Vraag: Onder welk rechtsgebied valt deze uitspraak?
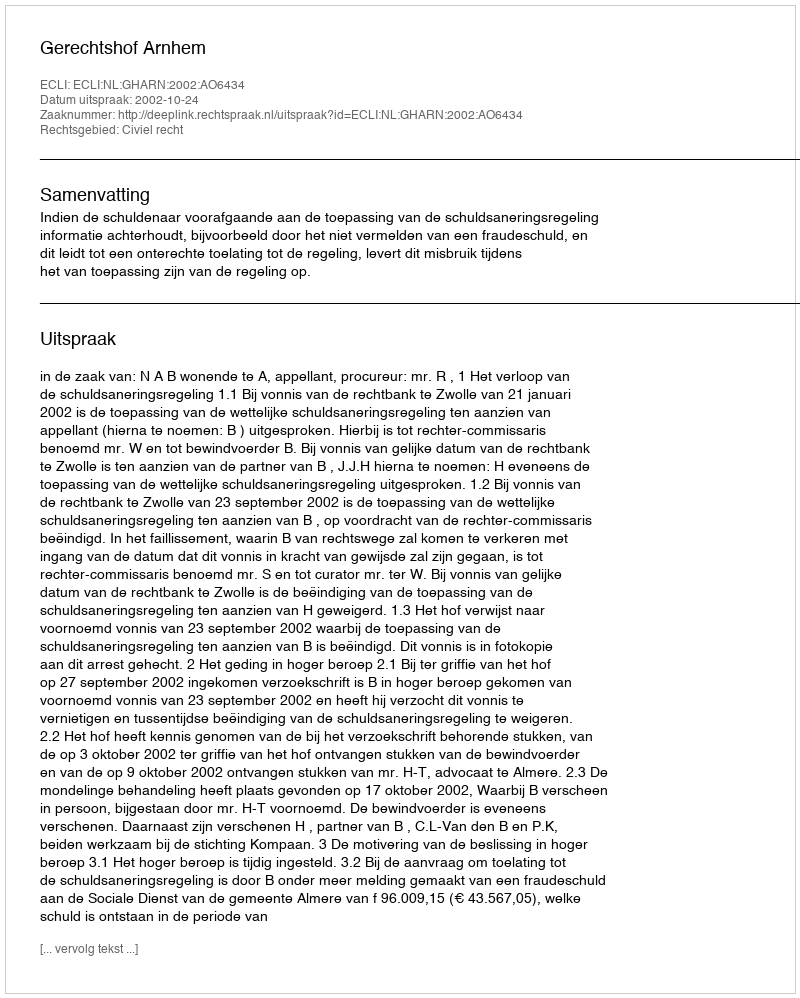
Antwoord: Civiel recht